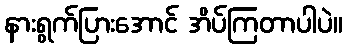
နားရွက်ပြားအောင် အိပ်ကြတာပါပဲ။